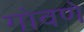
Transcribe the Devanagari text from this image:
गोवणे